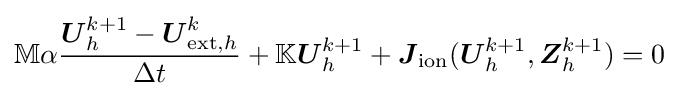
\mathbb {M} \alpha {\dfrac {{\boldsymbol {U}}_{h}^{k+1}-{\boldsymbol {U}}_{{\text{ext}},h}^{k}}{\Delta t}}+\mathbb {K} {\boldsymbol {U}}_{h}^{k+1}+{\boldsymbol {J}}_{\text{ion}}({\boldsymbol {U}}_{h}^{k+1},{\boldsymbol {Z}}_{h}^{k+1})=0